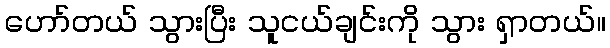
ဟော်တယ် သွားပြီး သူငယ်ချင်းကို သွား ရှာတယ်။